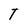
Character: T